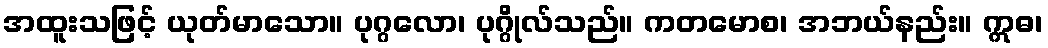
အထူးသဖြင့် ယုတ်မာသော။ ပုဂ္ဂလော၊ ပုဂ္ဂိုလ်သည်။ ကတမောစ၊ အဘယ်နည်း။ ဣဓ၊